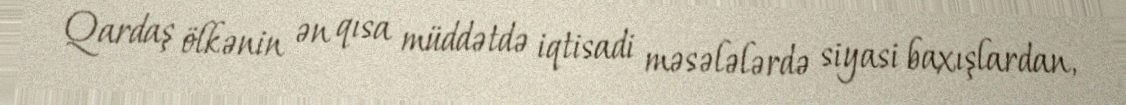
Qardaş ölkənin ən qısa müddətdə iqtisadi məsələlərdə siyasi baxışlardan,